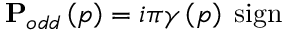
\mathbf { P } _ { o d d } \left( p \right) = i \pi \gamma \left( p \right) \; \mathrm { s i g n }